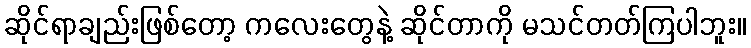
ဆိုင်ရာချည်းဖြစ်တော့ ကလေးတွေနဲ့ ဆိုင်တာကို မသင်တတ်ကြပါဘူး။